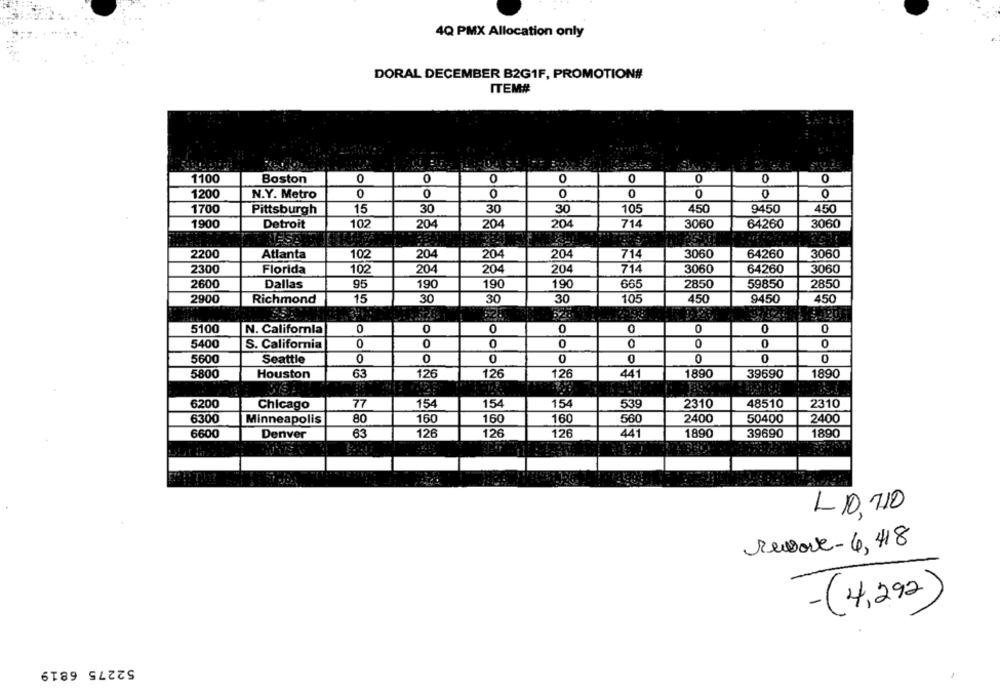
4Q PMX Allocation only
DORAL DECEMBER B2G1F, PROMOTION#
ITEM#
1100
Boston
0
0
0
0
0
0
O
1200
0
0
0
0
0
0
0
N.Y. Metro
0
30
30
450
1700
Pittsburgh
15
30
105
9450
450
1900
Detroit
102
204
204
204
714
3060
64260
3060
2200
Atlanta
102
204
204
204
714
3060
64260
3060
2300
Florida
102
204
204
204
714
3060
64260
3060
2600
Dallas
95
190
190
190
665
2850
59850
2850
105
2900
Richmond
15
30
30
30
450
9450
450
625
5100
N. California
0
0
0
0
0
0
0
0
5400
S. California
0
0
0
0
0
0
0
0
5600
Seattle
0
0
0
0
0
0
0
63
126
126
126
441
1890
39690
1890
5800
Houston
6200
Chicago
77
154
154
154
539
2310
48510
2310
6300
Minneapolis
80
160
160
160
560
2400
50400
2400
6600
Denver
63
126
126
126
441
1890
39690
1890
L 10,710
Remove- 4, 418
-(4,292)
52275 6819